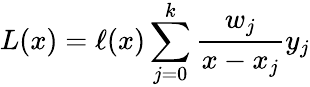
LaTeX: L(x)=\ell(x)\sum_{j=0}^{k}{\frac{w_{j}}{x-x_{j}}}y_{j}